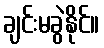
ချင်းမခွဲနိုင်။